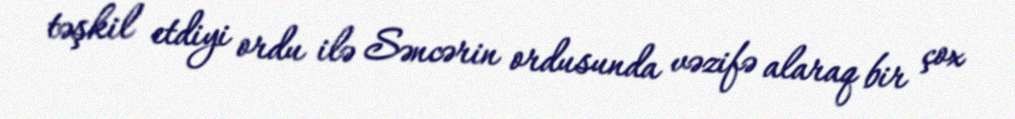
təşkil etdiyi ordu ilə Səncərin ordusunda vəzifə alaraq bir çox